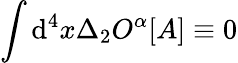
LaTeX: \int\mathrm{d}^{4}x\Delta_{2}O^{\alpha}[A]\equiv0